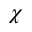
\chi